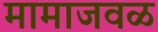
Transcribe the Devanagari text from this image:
मामाजवळ